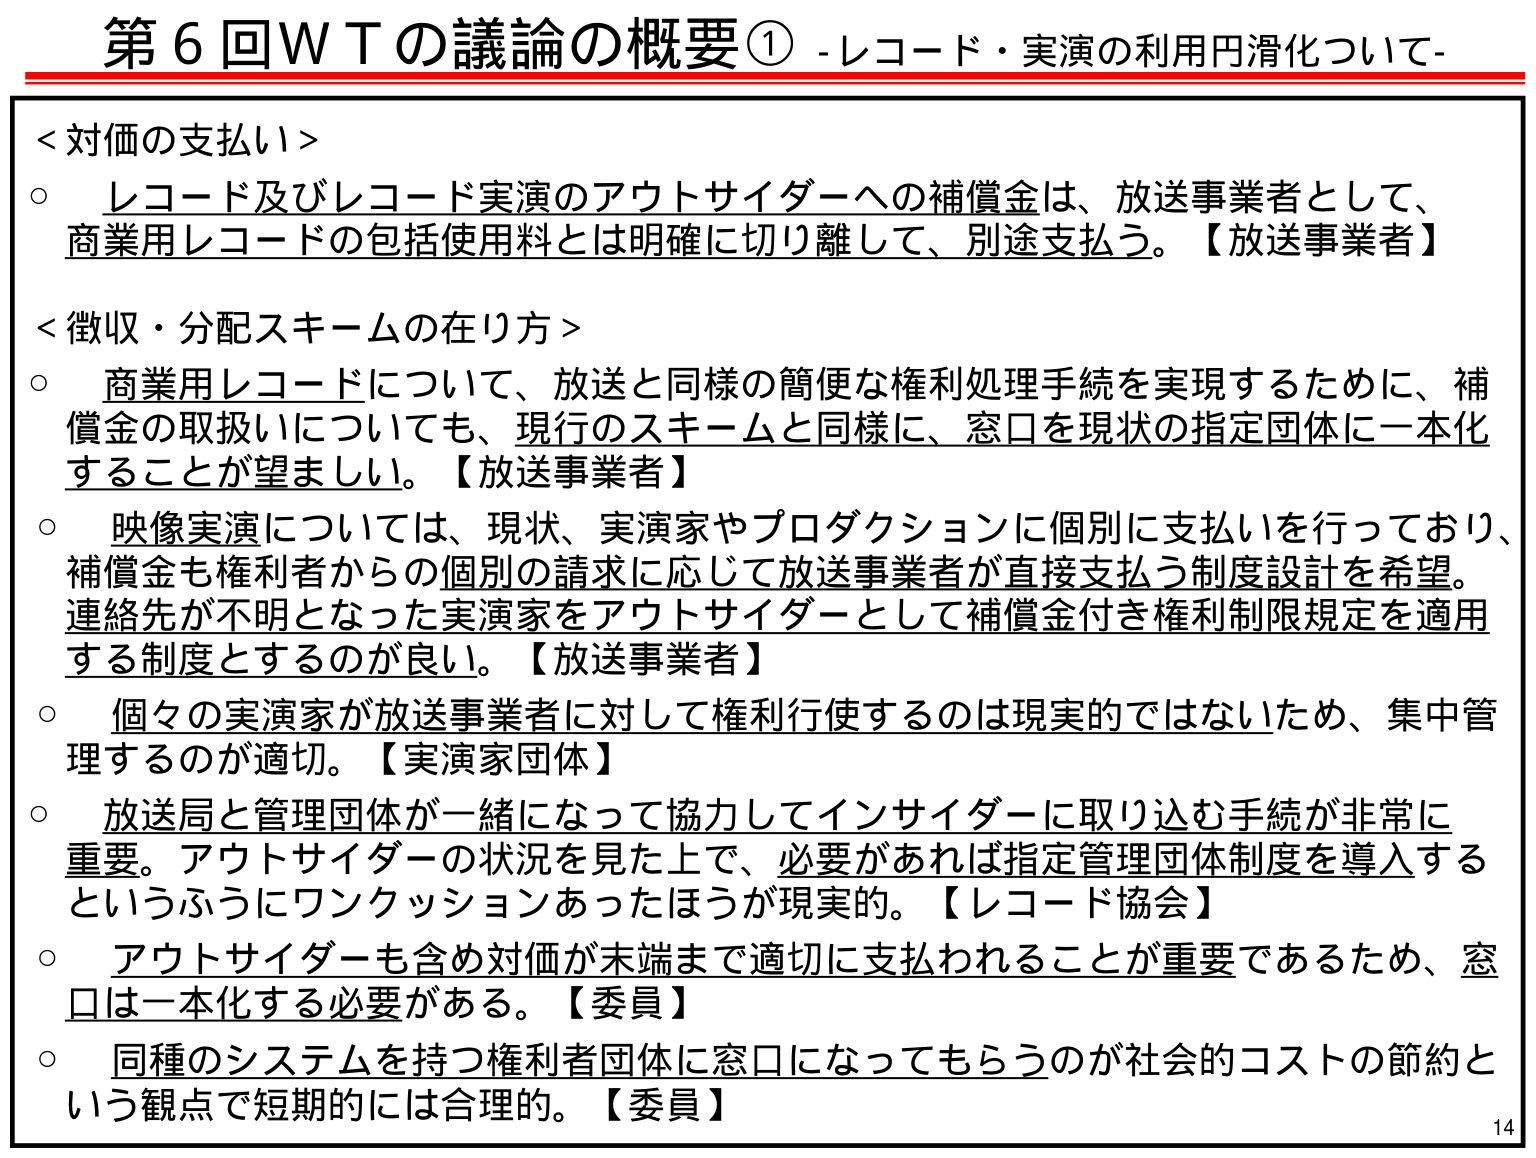
第６回ＷＴの議論の概要① -レコード・実演の利用円滑化について-

＜対価の支払い＞
○ レコード及びレコード実演のアウトサイダーへの補償金は、放送事業者として、
商業用レコードの包括使用料とは明確に切り離して、別途支払う。【放送事業者】

＜徴収・分配スキームの在り方＞
○ 商業用レコードについて、放送と同様の簡便な権利処理手続を実現するために、補
償金の取扱いについても、現行のスキームと同様に、窓口を現状の指定団体に一本化
することが望ましい。【放送事業者】
○ 映像実演については、現状、実演家やプロダクションに個別に支払いを行っており、
補償金も権利者からの個別の請求に応じて放送事業者が直接支払う制度設計を希望。
連絡先が不明となった実演家をアウトサイダーとして補償金付き権利制限規定を適用
する制度とするのが良い。【放送事業者】
○ 個々の実演家が放送事業者に対して権利行使するのは現実的ではないため、集中管
理するのが適切。【実演家団体】
○ 放送局と管理団体が一緒になって協力してインサイダーに取り込む手続が非常に
重要。アウトサイダーの状況を見た上で、必要があれば指定管理団体制度を導入する
というふうにワンクッションあったほうが現実的。【レコード協会】
○ アウトサイダーも含め対価が末端まで適切に支払われることが重要であるため、窓
口は一本化する必要がある。【委員】
○ 同種のシステムを持つ権利者団体に窓口になってもらうのが社会的コストの節約と
いう観点で短期的には合理的。【委員】

14